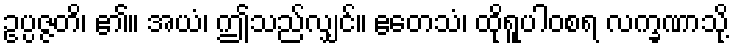
ဥပ္ပဇ္ဇတိ၊ ၏။ အယံ၊ ဤသည်လျှင်။ ဧတေသံ၊ ထိုရူပါဝစရ လက္ခဏာသို့